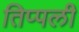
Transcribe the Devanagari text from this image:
तिप्पली